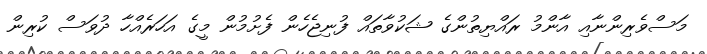
މަސްވެރިންނާއި އާންމު ރައްޔިތުންގެ ޝަކުވާތައް ފުނިޖެހެން ފެށުމުން މީގެ އަހަރެއްހާ ދުވަސް ކުރިން